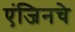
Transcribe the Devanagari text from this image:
एंजिनचे